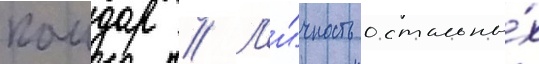
каидар // Л'и́чность остальны́х